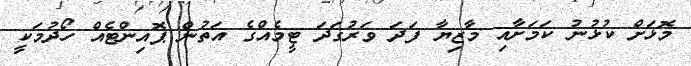
މޮޅަށް ކުޅުނު ކަމަށާއި މާޒިޔާ ފަދަ ވަރުގަދަ ޓީމެއްގެ އަތުން ޕޮއިންޓެއް ހޯދުމަކީ